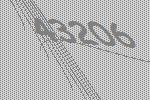
43206